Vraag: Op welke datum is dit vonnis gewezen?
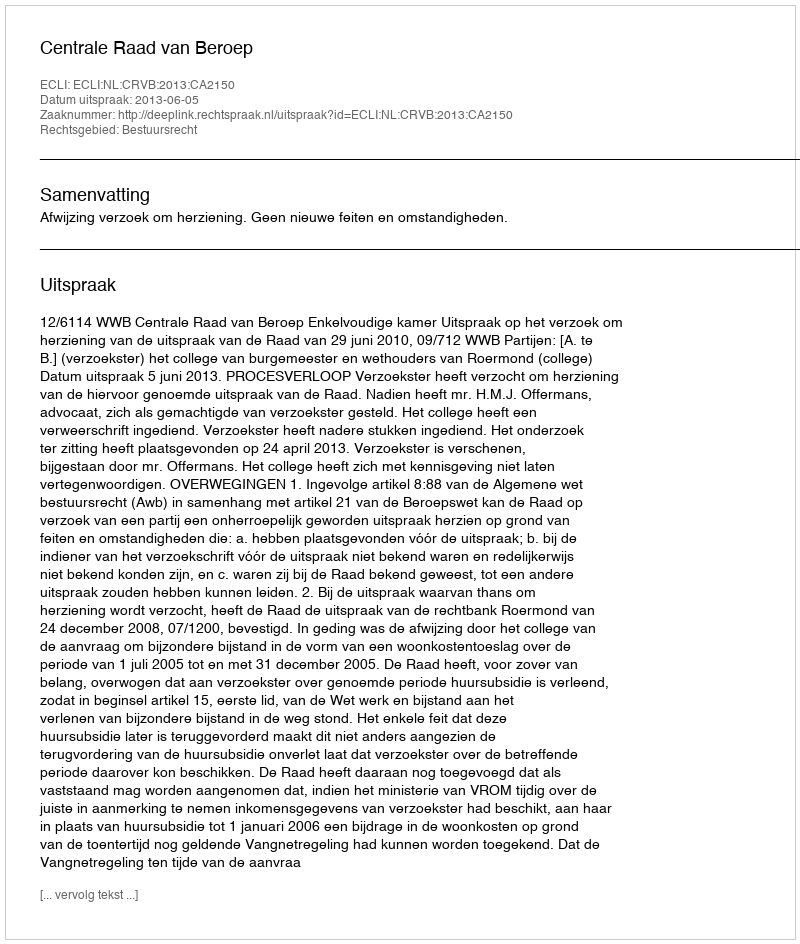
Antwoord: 2013-06-05